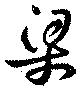
梁